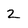
Character: 2